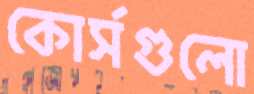
কোর্সগুলো